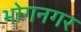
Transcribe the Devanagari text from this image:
भोगनगर